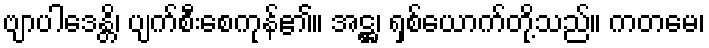
ဗျာပါဒေန္တိ၊ ပျက်စီးစေကုန်၏။ အဋ္ဌ၊ ရှစ်ယောက်တို့သည်။ ကတမေ၊